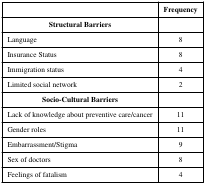
<table><thead><tr><td></td><td><b>Frequency</b></td></tr></thead><tbody><tr><td><b>Structural Barriers</b></td><td></td></tr><tr><td>Language</td><td>8</td></tr><tr><td>Insurance Status</td><td>8</td></tr><tr><td>Immigration status</td><td>4</td></tr><tr><td>Limited social network</td><td>2</td></tr><tr><td><b>Socio-Cultural Barriers</b></td><td></td></tr><tr><td>Lack of knowledge about preventive care/cancer</td><td>11</td></tr><tr><td>Gender roles</td><td>11</td></tr><tr><td>Embarrassment/Stigma</td><td>9</td></tr><tr><td>Sex of doctors</td><td>8</td></tr><tr><td>Feelings of fatalism</td><td>4</td></tr></tbody></table>